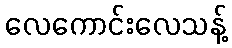
လေကောင်းလေသန့်